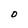
Character: 0